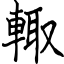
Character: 輙